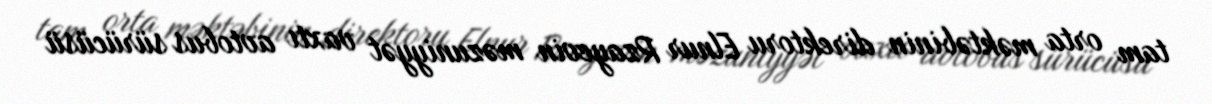
tam orta məktəbinin direktoru Elnur Rzayevin məzuniyyət vaxtı avtobus sürücüsü